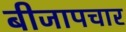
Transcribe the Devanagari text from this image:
बीजापचार